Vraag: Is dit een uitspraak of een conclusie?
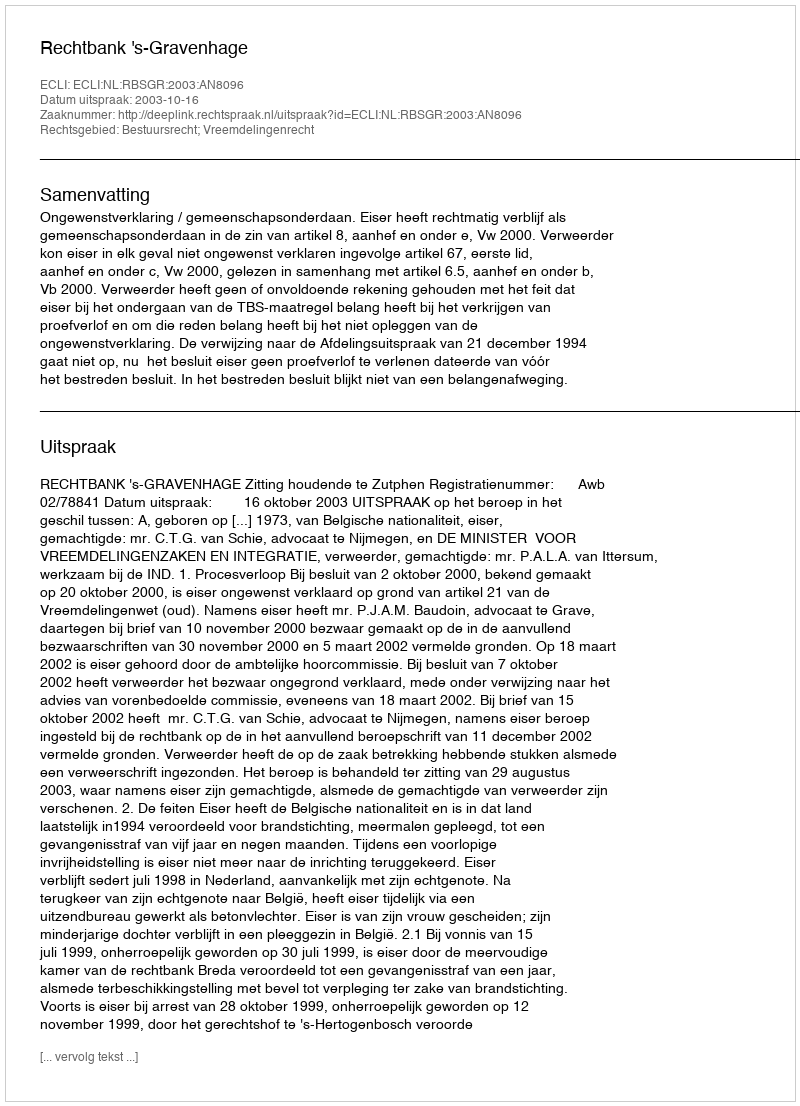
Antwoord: Uitspraak